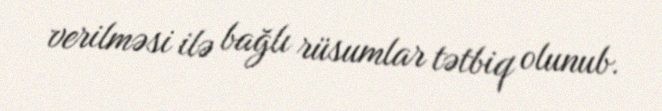
verilməsi ilə bağlı rüsumlar tətbiq olunub.